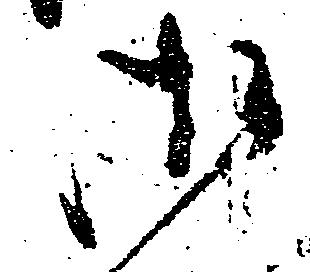
御